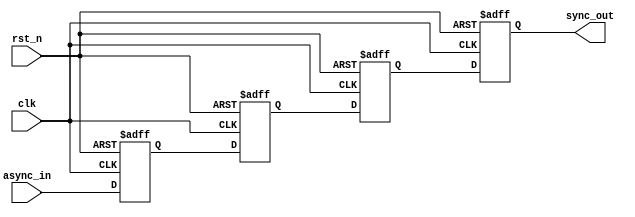
module triple_ff_synchronizer (
    input wire async_in,   // Asynchronous input signal
    input wire clk,        // Clock signal of the target domain
    input wire rst_n,      // Asynchronous active-low reset
    output reg sync_out    // Synchronized output signal
);

    // Internal signals for the flip-flops
    reg ff1, ff2, ff3;

    // Always block for the flip-flops
    always @(posedge clk or negedge rst_n) begin
        if (!rst_n) begin
            // Asynchronous reset
            ff1 <= 1'b0;
            ff2 <= 1'b0;
            ff3 <= 1'b0;
            sync_out <= 1'b0;
        end else begin
            // Synchronization process
            ff1 <= async_in;  // Sample async input
            ff2 <= ff1;       // Sample output of FF1
            ff3 <= ff2;       // Sample output of FF2
            sync_out <= ff3;  // Output the final synchronized signal
        end
    end

endmodule